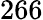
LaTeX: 266